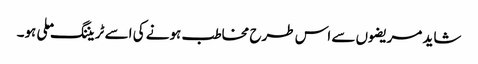
شاید مریضوں سے اس طرح مخاطب ہونے کی اسے ٹریننگ ملی ہو۔